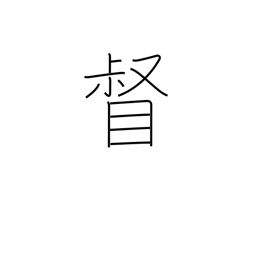
Meaning: supervise